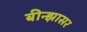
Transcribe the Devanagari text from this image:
बीन्झासर